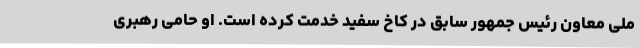
ملی معاون رئیس جمهور سابق در کاخ سفید خدمت کرده است. او حامی رهبری